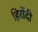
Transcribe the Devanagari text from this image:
हिरोंदी